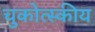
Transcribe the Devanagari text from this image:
चुकोत्स्कीय